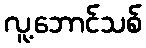
လူ့ဘောင်သစ်